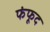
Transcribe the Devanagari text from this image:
फंफूद